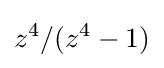
z^{4}/(z^{4}-1)